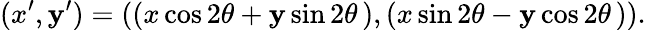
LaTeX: (x^{\prime},\mathbf{y}^{\prime})=((x\cos2\theta+\mathbf{y}\sin2\theta\, ),(x\sin2\theta-\mathbf{y}\cos2\theta\, )).